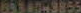
6534049855